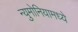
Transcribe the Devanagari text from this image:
न्युमोनियामध्ये